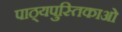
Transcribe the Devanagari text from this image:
पाठ्यपुस्तिकाओं